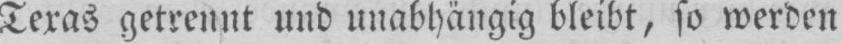
Texas getrennt und unabhängig bleibt, so werden